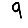
Digit: 9